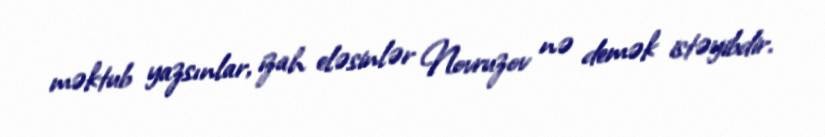
məktub yazsınlar, izah eləsinlər Novruzov nə demək istəyibdir.